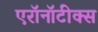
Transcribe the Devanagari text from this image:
एरॉनॉटीक्स